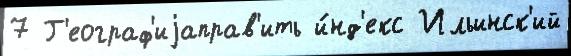
7 Г'еограф'иjаправ'ить и́нд'екс Ильинск'ий